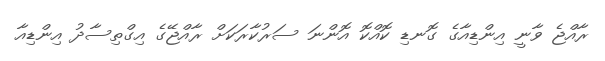
ރާއްޖެ ވާނީ އިންޑިއާގެ ގޮނޑި ކޮއްކޮ އޮންނަ ސަރުކާރަކަށް ރާއްޖޭގެ އިގްތިސާދު އިންޑިއާ